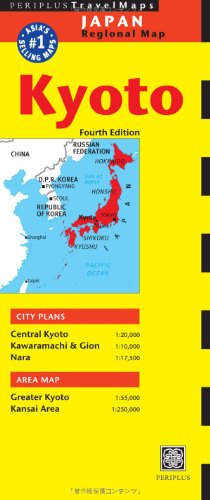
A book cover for Kyoto Travel Map Fourth Edition; Travel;